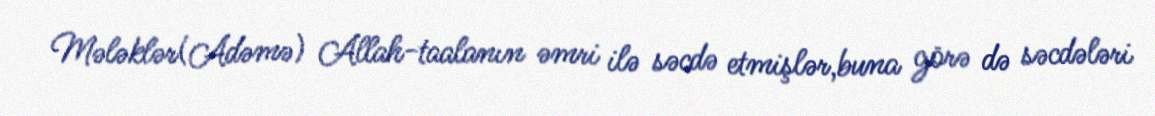
Mələklər(Adəmə) Allah-taalanın əmri ilə səcdə etmişlər,buna görə də səcdələri